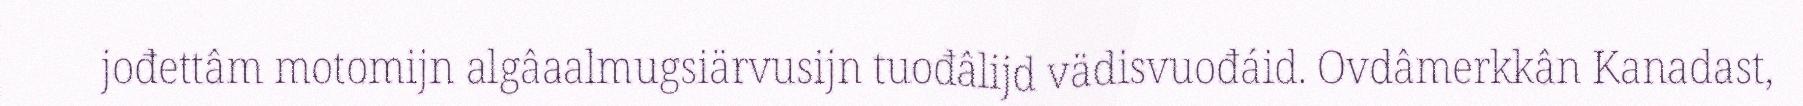
jođettâm motomijn algâaalmugsiärvusijn tuođâlijd vädisvuođáid. Ovdâmerkkân Kanadast,